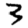
Digit: 3